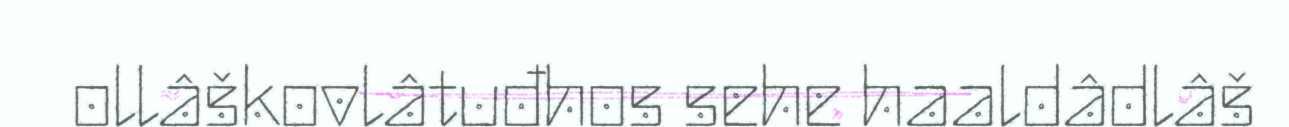
ollâškovlâtuđhos sehe haaldâdlâš